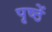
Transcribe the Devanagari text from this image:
पृष्ठें